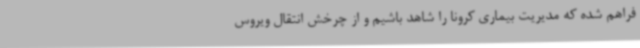
فراهم شده که مدیریت بیماری کرونا را شاهد باشیم و از چرخش انتقال ویروس